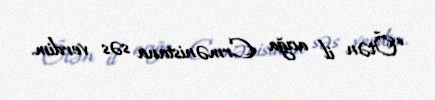
“Ötən il acığa Ermənistana səs verdim.